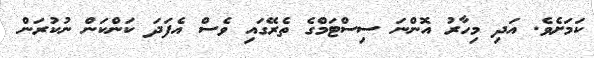
ކަމަށެވެ. އަދި މިހާރު އޮންނަ ސިސްޓަމްގެ ތެރޭގައި ވެސް އެފަދަ ކަންކަން ނުކުރަން